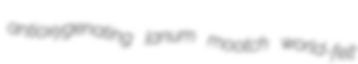
antioxygenating lanum mootch world-felt